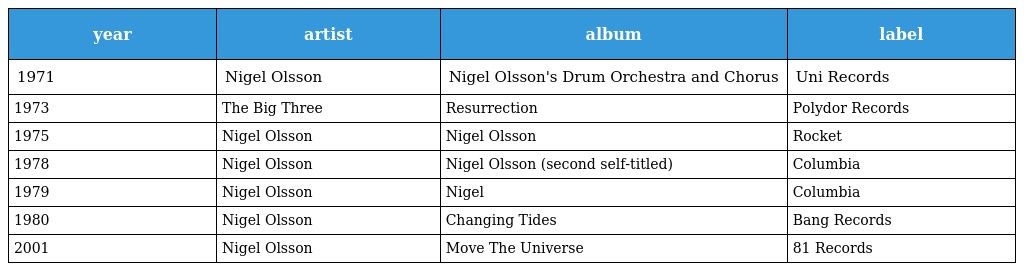
| year | artist | album | label |
 | --- | --- | --- | --- |
 | 1971 | Nigel Olsson | Nigel Olsson's Drum Orchestra and Chorus | Uni Records |
 | 1973 | The Big Three | Resurrection | Polydor Records |
 | 1975 | Nigel Olsson | Nigel Olsson | Rocket |
 | 1978 | Nigel Olsson | Nigel Olsson (second self-titled) | Columbia |
 | 1979 | Nigel Olsson | Nigel | Columbia |
 | 1980 | Nigel Olsson | Changing Tides | Bang Records |
 | 2001 | Nigel Olsson | Move The Universe | 81 Records |